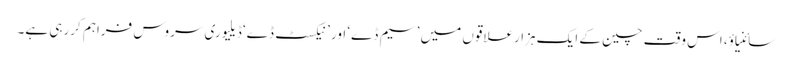
سائنیاؤ، اس وقت چین کے ایک ہزارعلاقوں میں ’سیم ڈے‘ اور ’نیکسٹ ڈے‘ ڈیلیوری سروس فراہم کررہی ہے۔